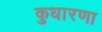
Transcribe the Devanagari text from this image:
कुधारणा